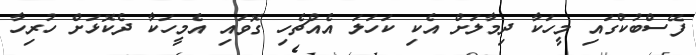
ފޭސްބުކްގައި މީހަކާ ދިމާލަށް އެކި ކަހަލަ އެއްޗެހި ގޮވައި އެމީހަކާ ދެކޮޅަށް ހުރިހާ